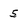
Character: 5